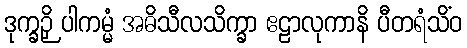
ဒုက္ခဉှိ ပါကမ္မံ အဓိသီလသိက္ခာ ဧဠာလုကာနိ ပီတရံသိံဝ